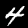
Label: 4